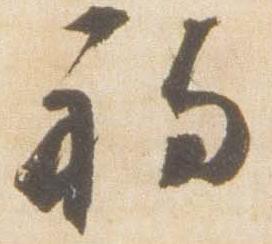
初